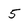
Character: 5